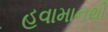
હવામાનથી